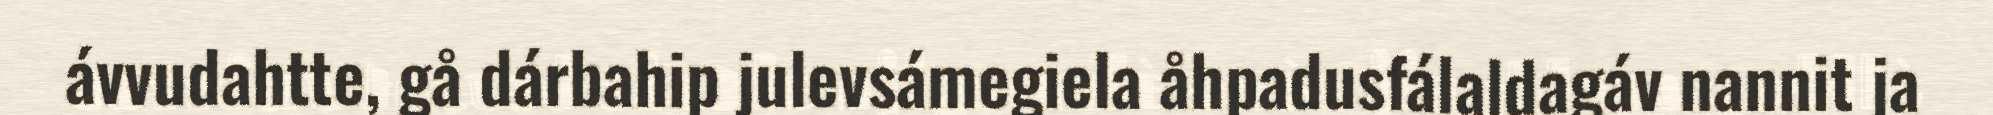
ávvudahtte, gå dárbahip julevsámegiela åhpadusfálaldagáv nannit ja